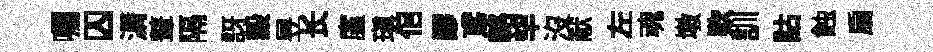
囑囚漘鼙隔訝穀昱长廑瑱佀謬鳶輅罕沒献左魂墩欵訓詁蝕扇